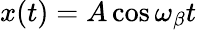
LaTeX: x(t)=A\cos{\omega_{\beta}t}